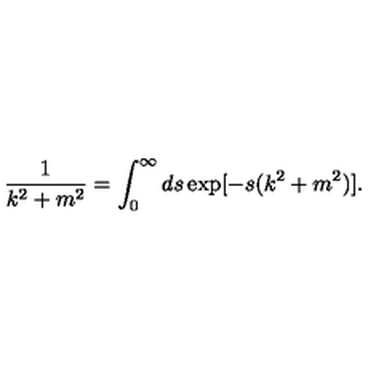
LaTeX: \frac { 1 } { k ^ { 2 } + m ^ { 2 } } = \int _ { 0 } ^ { \infty } d s \exp [ - s ( k ^ { 2 } + m ^ { 2 } ) ] .